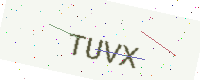
Text: TUVX